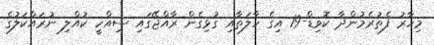
މިހާރު ފެތުރެމުންދާ ކޮވިޑް-19 އިގެ ހާލަތާއި ގުޅިގެން ރާއްޖޭގައި ސިއްހީ ކުއްލި ނުރައްކަލުގެ